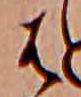
は